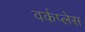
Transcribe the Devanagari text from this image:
वर्कप्लेस